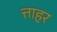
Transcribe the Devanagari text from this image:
त्ताहर